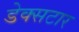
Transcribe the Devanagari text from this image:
डेक्सटार